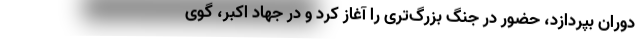
دوران بپردازد، حضور در جنگ بزرگ‌تری را آغاز کرد و در جهاد اکبر، گوی